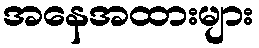
အနေအထားများ